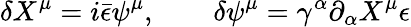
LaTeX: \delta X^{\mu}=i\bar{\epsilon}\psi^{\mu},\qquad\delta\psi^{\mu}=\gamma^{\alpha}\partial_{\alpha}X^{\mu}\epsilon